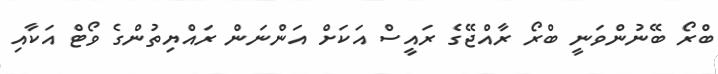
ބްރޯ ބޭނުންވަނީ ބްރޯ ރާއްޖޭގެ ރައީސް އަކަށް އަންނަން ރައްޔިތުންގެ ވޯޓް އަކާއި